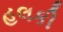
હલકી